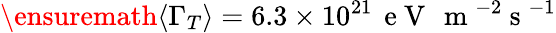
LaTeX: \ensuremath{\langle\Gamma_{T}\rangle}=6.3\times 10^{21}\, \mathrm{~e~V~}\, \mathrm{~m~}^{-2}\mathrm{~s~}^{-1}